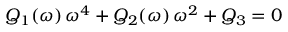
Q _ { 1 } ( \omega ) \, \omega ^ { 4 } + Q _ { 2 } ( \omega ) \, \omega ^ { 2 } + Q _ { 3 } = 0